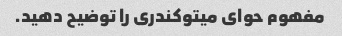
مفهوم حوای میتوکندری را توضیح دهید.